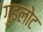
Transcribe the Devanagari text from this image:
गुइलोट